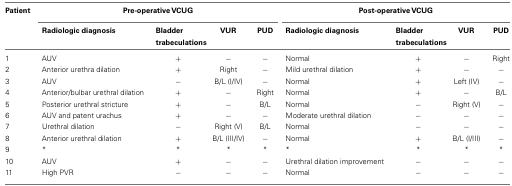
<table><thead><tr><td><b>Patient</b></td><td colspan="4"><b>Pre-operative VCUG</b></td><td colspan="4"><b>Post-operative VCUG</b></td></tr><tr><td></td><td><b>Radiologic diagnosis</b></td><td><b>Bladder trabeculations</b></td><td><b>VUR</b></td><td><b>PUD</b></td><td><b>Radiologic diagnosis</b></td><td><b>Bladder trabeculations</b></td><td><b>VUR</b></td><td><b>PUD</b></td></tr></thead><tbody><tr><td>1</td><td>AUV</td><td>+</td><td>−</td><td>−</td><td>Normal</td><td>+</td><td>−</td><td>Right</td></tr><tr><td>2</td><td>Anterior urethra dilation</td><td>+</td><td>Right</td><td>−</td><td>Mild urethral dilation</td><td>+</td><td>−</td><td>−</td></tr><tr><td>3</td><td>AUV</td><td>−</td><td>B/L (I/IV)</td><td>−</td><td>Normal</td><td>+</td><td>Left (IV)</td><td>−</td></tr><tr><td>4</td><td>Anterior/bulbar urethral dilation</td><td>+</td><td>−</td><td>Right</td><td>Normal</td><td>+</td><td>−</td><td>B/L</td></tr><tr><td>5</td><td>Posterior urethral stricture</td><td>+</td><td>−</td><td>B/L</td><td>Normal</td><td>−</td><td>Right (V)</td><td>−</td></tr><tr><td>6</td><td>AUV and patent urachus</td><td>+</td><td>−</td><td>−</td><td>Moderate urethral dilation</td><td>−</td><td>−</td><td>−</td></tr><tr><td>7</td><td>Urethral dilation</td><td>−</td><td>Right (V)</td><td>B/L</td><td>Normal</td><td>−</td><td>−</td><td>−</td></tr><tr><td>8</td><td>Anterior urethral dilation</td><td>+</td><td>B/L (III/IV)</td><td>−</td><td>Normal</td><td>+</td><td>B/L (I/III)</td><td>−</td></tr><tr><td>9</td><td>*</td><td>*</td><td>*</td><td>*</td><td>*</td><td>*</td><td>*</td><td>*</td></tr><tr><td>10</td><td>AUV</td><td>+</td><td>−</td><td>−</td><td>Urethral dilation improvement</td><td>−</td><td>−</td><td>−</td></tr><tr><td>11</td><td>High PVR</td><td>−</td><td>−</td><td>−</td><td>Normal</td><td>−</td><td>−</td><td>−</td></tr></tbody></table>